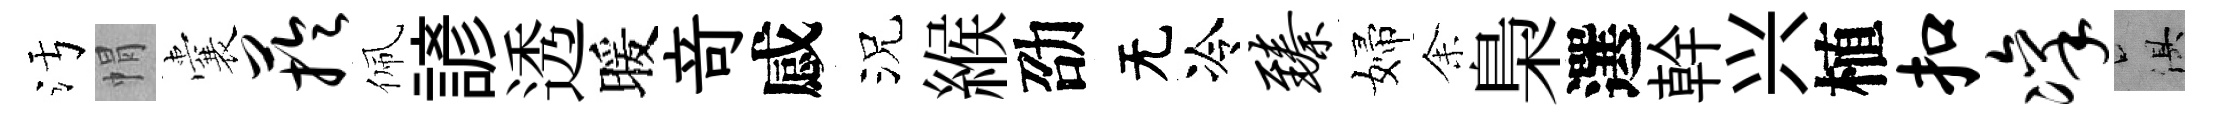
污㡌囊芋佩諺透暖竒感況緱劭无冷臻婦𪜬梟選幹兴植扣凛俱